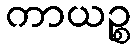
ကာယဉ္စ